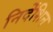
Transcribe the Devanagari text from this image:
निर्देशिन